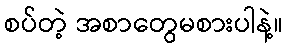
စပ်တဲ့ အစာတွေမစားပါနဲ့။